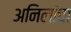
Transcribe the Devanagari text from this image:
अनिलांचा